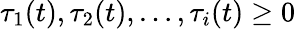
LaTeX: \tau_{1}(t),\tau_{2}(t),\ldots,\tau_{i}(t)\geq 0